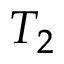
T _ { 2 }